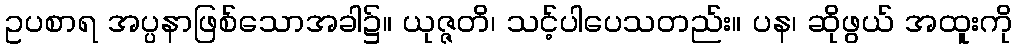
ဥပစာရ အပ္ပနာဖြစ်သောအခါ၌။ ယုဇ္ဇတိ၊ သင့်ပါပေသတည်း။ ပန၊ ဆိုဖွယ် အထူးကို